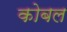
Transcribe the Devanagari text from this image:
कोबल